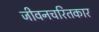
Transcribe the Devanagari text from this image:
जीवनचरितकार